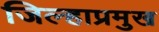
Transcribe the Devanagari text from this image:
जिल्हाप्रमुख